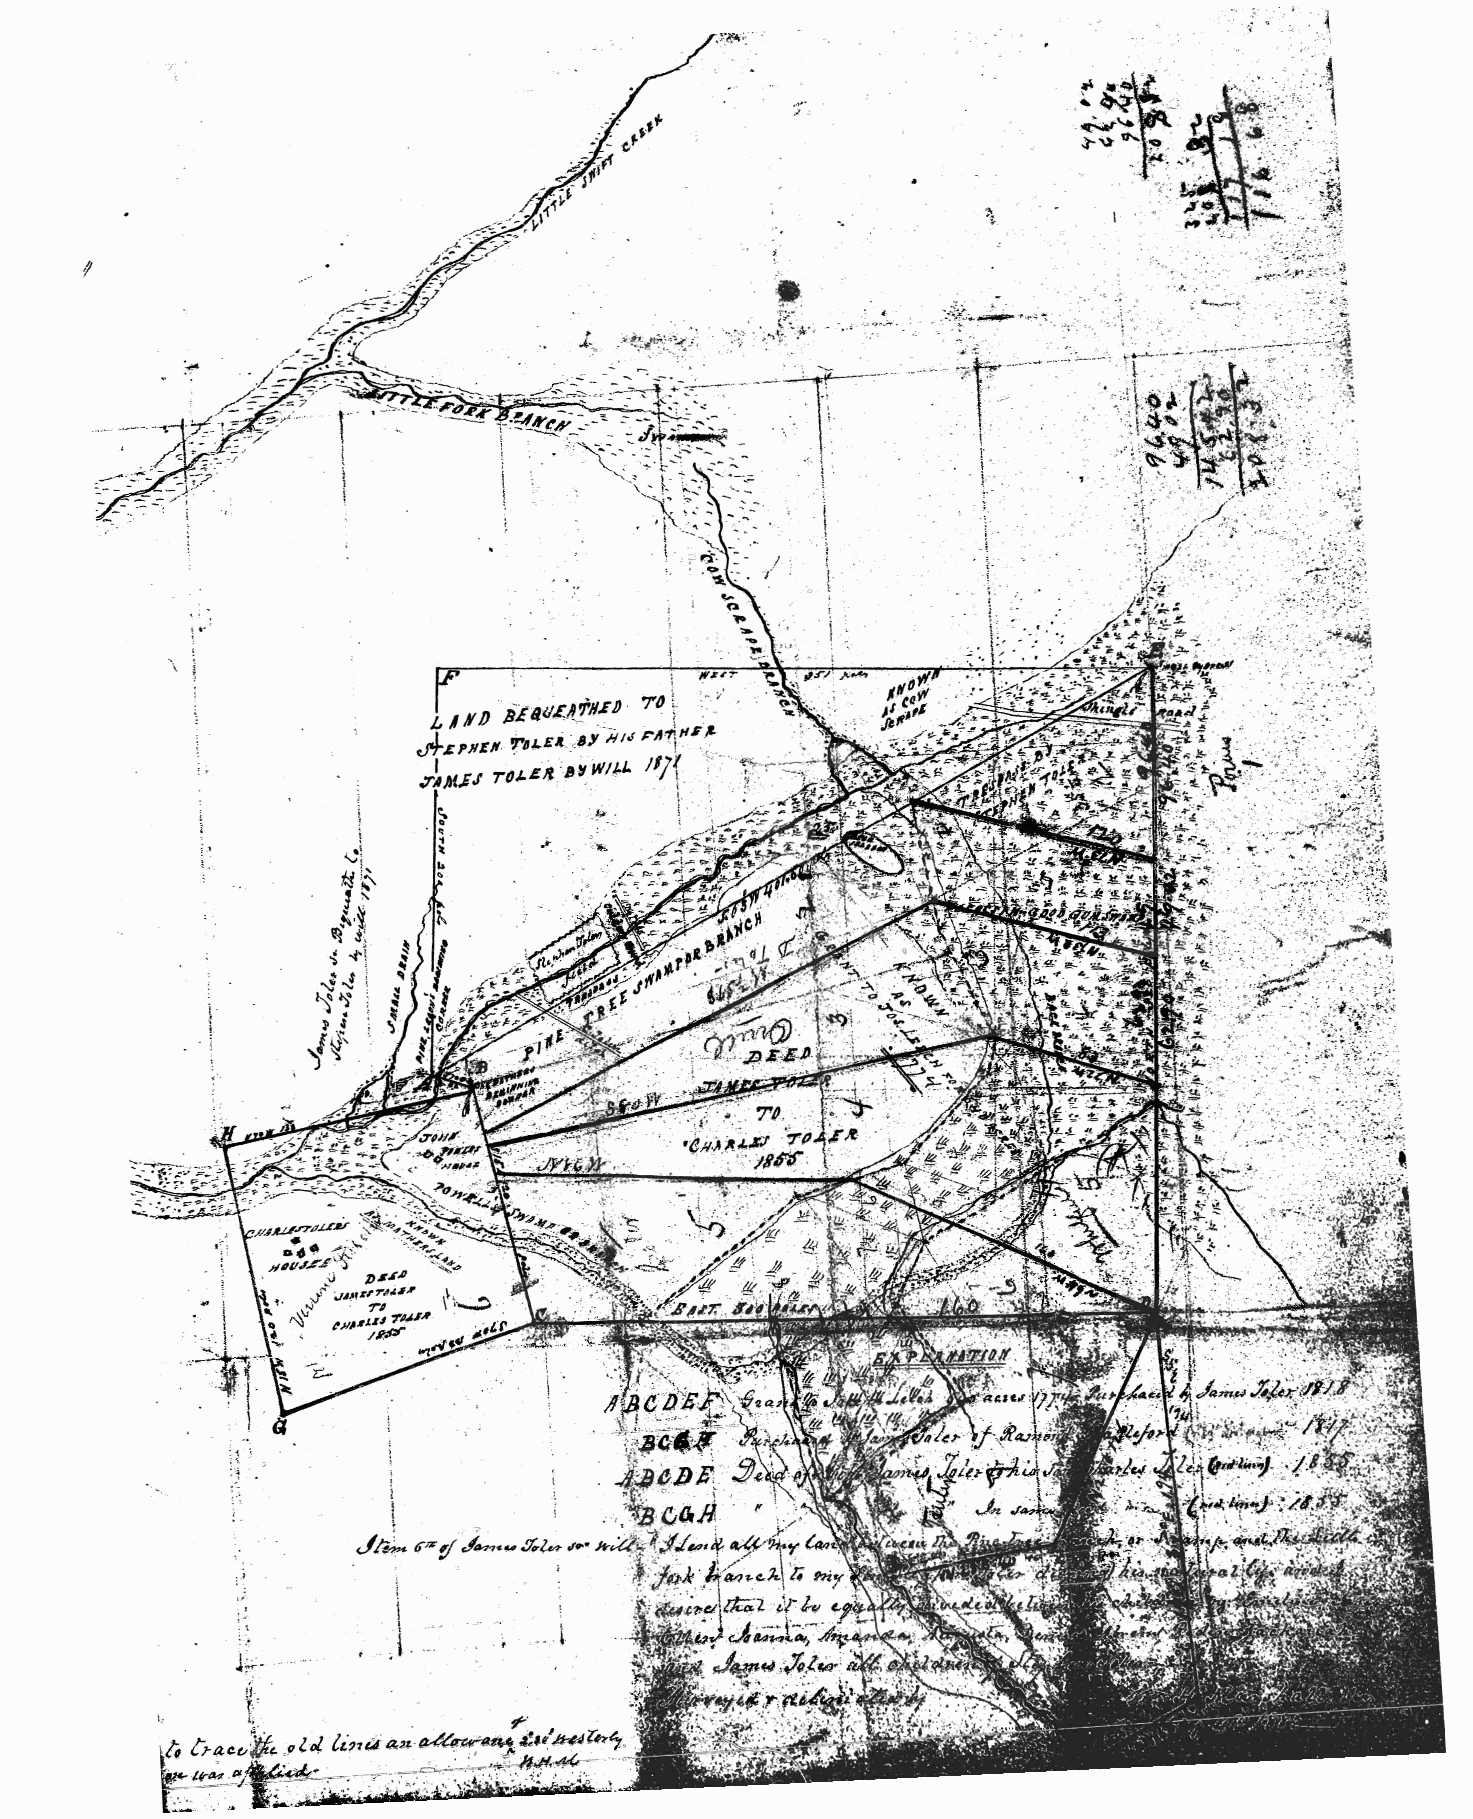
". ~ >
 .......
 "~
 ...'.
 '~.""~~"":*"
 ;;:~;~t:
 ..
 ~                                                                   ," .:~:~ :..,~,;~:<~~
 ,
 \ !                                                                       .:... ' .. " :.. .. .. .; .. .. .. )
 ~~~~!::>~ ~
 .~ .. '.'.. .. ' ,. ." ,' ..
 . . '.1::~
 ~
 "I
 , .. :~.
 .. .
 I
 I
 .....-1·. ~
 :·'·~1!·.-· ~
 I   .
 a
 1
 .'
 1          ,
 :: .'~-   1II .  .,  ·1
 1;.;­
 .,